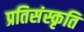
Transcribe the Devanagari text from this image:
प्रतिसंस्कृति